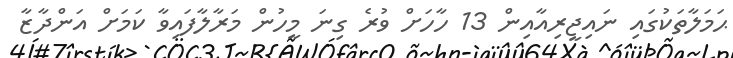
ޙަމަލާތަކުގައި ނައިޖީރިއާއިން 13 ހާހަށް ވުރެ ގިނަ މީހުން މަރާލާފައިވާ ކަމަށް އަންދާޒާ